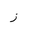
Letter: _zay